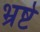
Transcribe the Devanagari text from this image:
भ्रष्टे